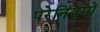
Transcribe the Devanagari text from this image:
परेनियमों